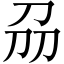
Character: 刕